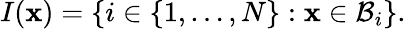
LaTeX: I(\mathbf{x})=\left\{ i\in\{ 1,\dots,N\} :\mathbf{x}\in\mathcal{B}_{i}\right\} .